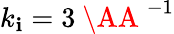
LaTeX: k_{\mathbf{i}}=3\mathrm{{~\AA~}}^{-1}